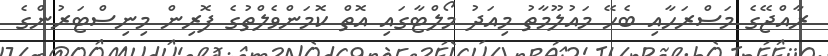
ރާއްޖޭގެ މަސްރަހާއި ބެހޭ މައުލޫމާތު މިއަދު މޯލްޓާގައި އޮތް ކޮމަންވެލްތުގެ ފޮރިން މިނިސްޓަރުންގެ